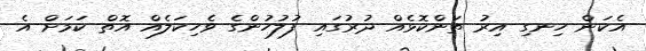
އެކަން ހިނގި އިރު ތަންކޮޅެއް ދުރުގައި ފުލުހުންގެ ވެހިކަލެއް އޮތް ކަމަށް އެ